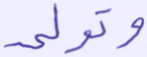
وتولى